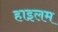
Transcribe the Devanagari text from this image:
हाइलम